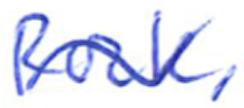
Text: Rock,
Cross-out: wave
Writing tool: ballpoint